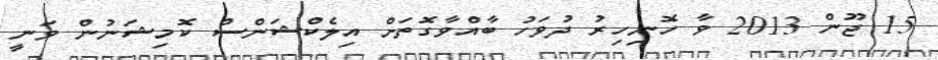
15 ޖޫން 2013 ވާ ހޮނިހިރު ދުވަހު ބާއްވާގޮތަށް އިލެކްޝަންސް ކޮމިޝަނުން ވަނީ